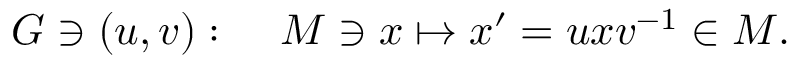
{ \cal G } \ni ( u , v ) : \; \; \; \; { \cal M } \ni x \mapsto x ^ { \prime } = u x v ^ { - 1 } \in { \cal M } .